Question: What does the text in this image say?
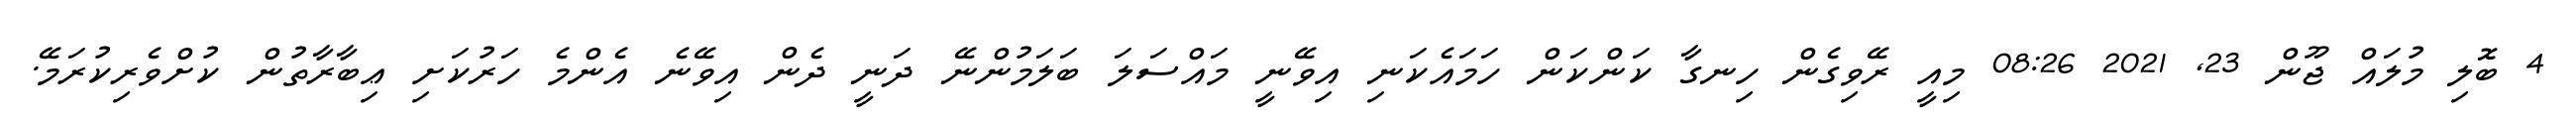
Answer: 4 ބޮލި މުލައް ޖޫން 23, 2021 08:26 މިއީ ރޭވިގެން ހިނގާ ކަންކަން ހަމައެކަނި އިވޭނީ މައްސަލަ ބަލަމުންނޭ ދަނީ ދެން އިވޭނެ އެންމެ ހަރުކަށި ޢިބާރާތުން ކުށްވެރިކުރަމޭ.